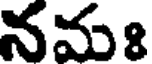
నమః